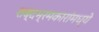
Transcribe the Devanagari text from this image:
शब्दभ्रमकारांमध्ये